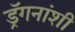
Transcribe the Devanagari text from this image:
ड्रॅगनांशी